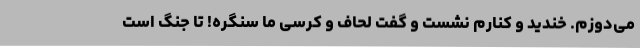
می‌دوزم. خندید و کنارم نشست و گفت لحاف و کرسی ما سنگره! تا جنگ است